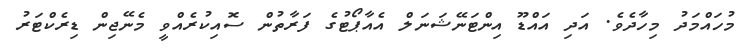
މުހައްމަދު މިހާދެވެ. އަދި އައްޑޫ އިންޓަނޭޝަނަލް އެއާޕޯޓުގެ ފަރާތުން ސޮއިކުރެއްވީ މެނޭޖިން ޑިރެކްޓަރު